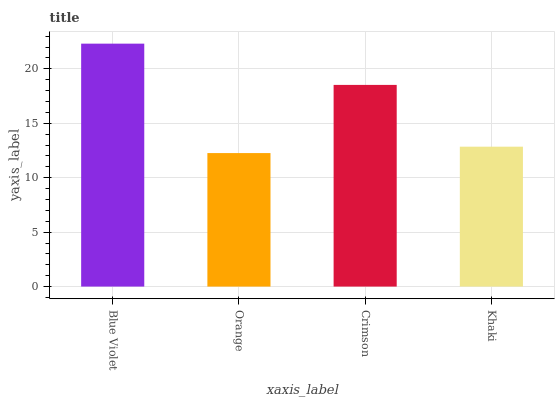
| xaxis_label | bars |
 | --- | --- |
 | Blue Violet | 22.3 |
 | Orange | 12.3 |
 | Crimson | 18.5 |
 | Khaki | 12.8 |